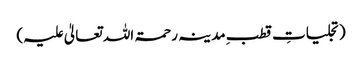
(تجلیاتِ قطبِ مدینہ رحمۃ اللہ تعالیٰ علیہ)